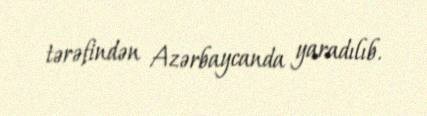
tərəfindən Azərbaycanda yaradılıb.